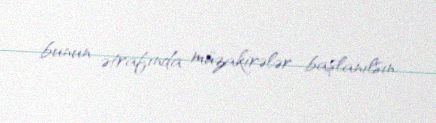
bunun ətrafında müzakirələr başlanılsın.